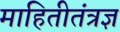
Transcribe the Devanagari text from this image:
माहितीतंत्रज्ञ